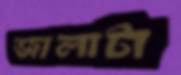
জালাটা